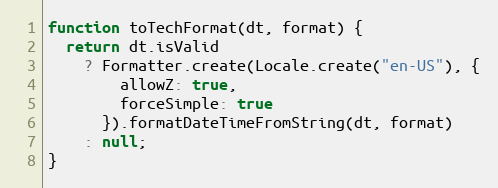
Language: JavaScript
function toTechFormat(dt, format) {
  return dt.isValid
    ? Formatter.create(Locale.create("en-US"), {
        allowZ: true,
        forceSimple: true
      }).formatDateTimeFromString(dt, format)
    : null;
}